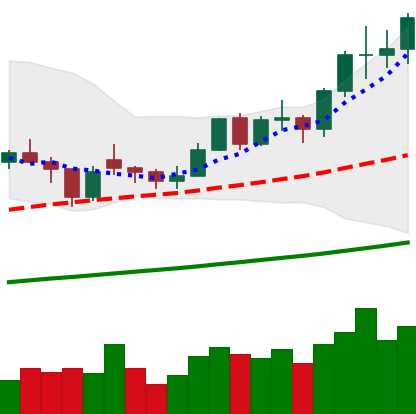
Ticker: LTC-USD
Chart end date: 2021-02-12
Forward return: 20.15%
Label: up_7plus